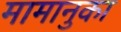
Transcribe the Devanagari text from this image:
मामानुका